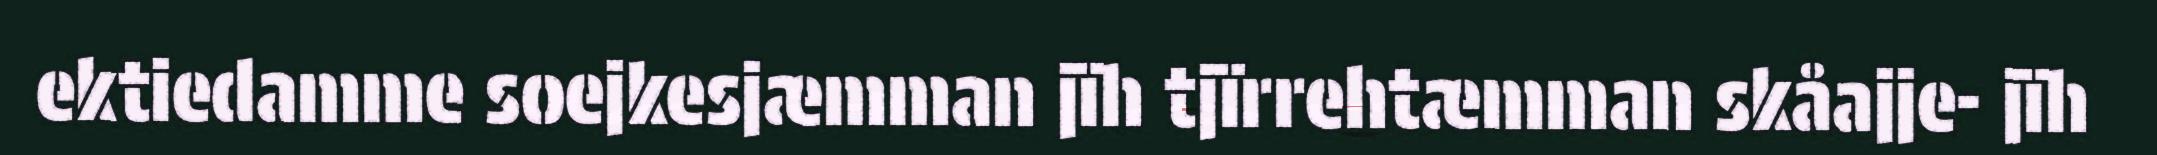
ektiedamme soejkesjæmman jïh tjïrrehtæmman skåajje- jïh